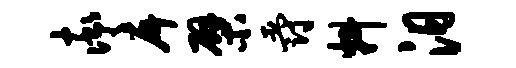
率戽檗爵料汨